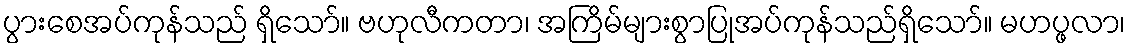
ပွားစေအပ်ကုန်သည် ရှိသော်။ ဗဟုလီကတာ၊ အကြိမ်များစွာပြုအပ်ကုန်သည်ရှိသော်။ မဟပ္ဖလာ၊